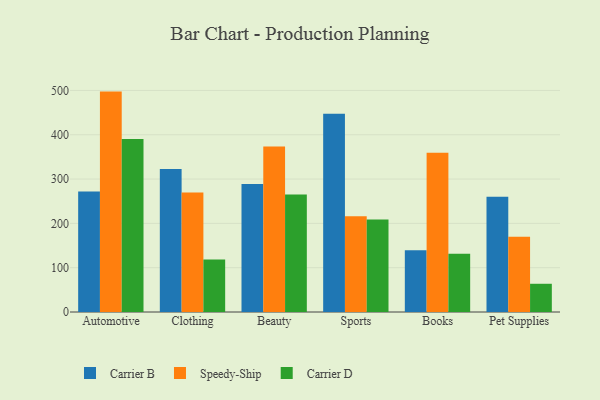
{"axis": {"x": "Category", "y": "Gross Profit (USD K)"}, "legend": ["Carrier B", "Carrier D", "Speedy-Ship"], "data": [{"x": "Automotive", "y": 272.1, "type": "Carrier B"}, {"x": "Automotive", "y": 497.4, "type": "Speedy-Ship"}, {"x": "Automotive", "y": 390.7, "type": "Carrier D"}, {"x": "Clothing", "y": 323.0, "type": "Carrier B"}, {"x": "Clothing", "y": 269.9, "type": "Speedy-Ship"}, {"x": "Clothing", "y": 118.4, "type": "Carrier D"}, {"x": "Beauty", "y": 288.8, "type": "Carrier B"}, {"x": "Beauty", "y": 373.3, "type": "Speedy-Ship"}, {"x": "Beauty", "y": 265.3, "type": "Carrier D"}, {"x": "Sports", "y": 447.3, "type": "Carrier B"}, {"x": "Sports", "y": 215.9, "type": "Speedy-Ship"}, {"x": "Sports", "y": 208.5, "type": "Carrier D"}, {"x": "Books", "y": 139.4, "type": "Carrier B"}, {"x": "Books", "y": 359.5, "type": "Speedy-Ship"}, {"x": "Books", "y": 131.7, "type": "Carrier D"}, {"x": "Pet Supplies", "y": 259.9, "type": "Carrier B"}, {"x": "Pet Supplies", "y": 170.1, "type": "Speedy-Ship"}, {"x": "Pet Supplies", "y": 63.7, "type": "Carrier D"}]}